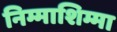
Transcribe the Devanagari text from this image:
निम्माशिम्मा